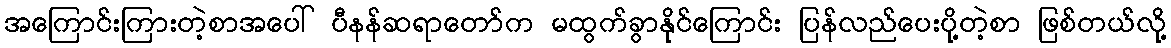
အကြောင်းကြားတဲ့စာအပေါ် ပီနန်ဆရာတော်က မထွက်ခွာနိုင်ကြောင်း ပြန်လည်ပေးပို့တဲ့စာ ဖြစ်တယ်လို့